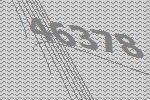
46378